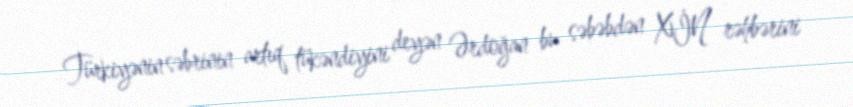
Türkiyənin səbrinin artıq tükəndiyini deyən Ərdoğan bu səbəbdən XİN rəhbərini